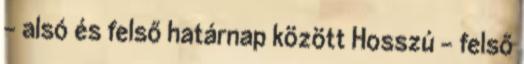
– alsó és felső határnap között Hosszú – felső